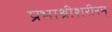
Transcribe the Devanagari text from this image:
प्रभाश्रीशरीरम्